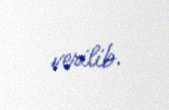
verilib.